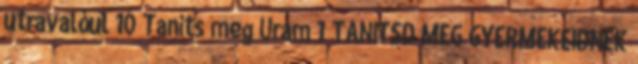
utravalóul 10 Taníts meg Uram 1 TANÍTSD MEG GYERMEKEIDNEK